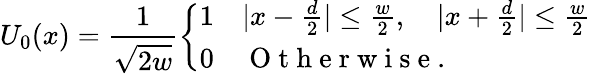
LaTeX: U_{0}(x)=\frac{1}{\sqrt{2w}}\left\{ \begin{array}{ll}{1}&{|x-\frac{d}{2}|\leq\frac{w}{2},\quad|x+\frac{d}{2}|\leq\frac{w}{2}}\\ {0}&{\mathrm{~O~t~h~e~r~w~i~s~e~}.}\end{array}\right.